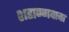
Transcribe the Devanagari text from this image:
शहाण्णवावा